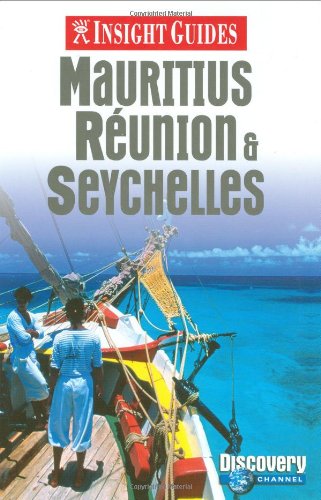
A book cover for Mauritius and Seychelles Insight Guide (Insight Guides); *             ; Travel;